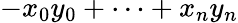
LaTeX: -x_{0}y_{0}+\cdots+x_{n}y_{n}